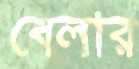
বেলার